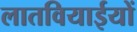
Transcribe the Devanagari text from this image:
लातवियाईयों